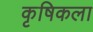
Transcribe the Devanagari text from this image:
कृषिकला